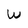
Character: W